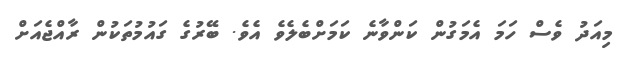
މިއަދު ވެސް ހަމަ އެމަގުން ކަންވާނެ ކަމަށްބެލެވެ އެވެ. ބޭރުގެ ގައުމުތަކުން ރާއްޖެއަށް